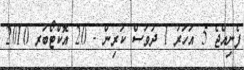
ފެނިއްޖެ 5 އަހަރު 1 ދުވަސް ކުރިން - 20 އޮކްޓޯބަރ 2010